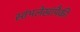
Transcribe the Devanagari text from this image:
स्तंभलेखांपैकी